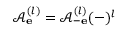
\mathcal { A } _ { \bf e } ^ { ( l ) } = \mathcal { A } _ { - \bf e } ^ { ( l ) } ( - ) ^ { l }